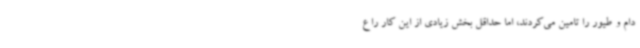
دام و طیور را تامین می‌کردند، اما حداقل بخش زیادی از این کار را ع